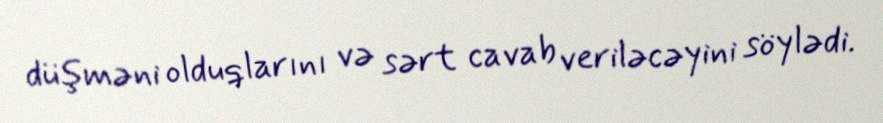
düşməni olduqlarını və sərt cavab veriləcəyini söylədi.